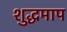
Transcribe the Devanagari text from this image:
शुद्धमाप